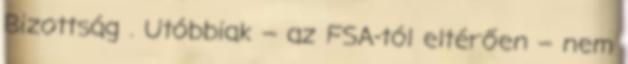
Bizottság . Utóbbiak – az FSA-tól eltérően – nem